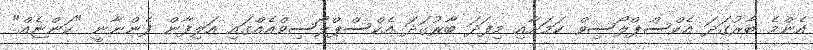
އެންމެ ބާރުގަދަ އެކްސްޕްލޯސިވް ކަމަށާއި މިފަދަ ބާރުގަދަ އެކްސްޕްލޯސިވްއެއްގައި އަލިފާން ފެންނާނީ "ކަންޏެއް"